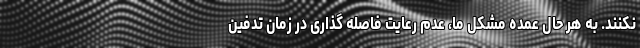
نکنند. به هر حال عمده مشکل ما، عدم رعایت فاصله گذاری در زمان تدفین